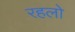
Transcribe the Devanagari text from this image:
रहलो